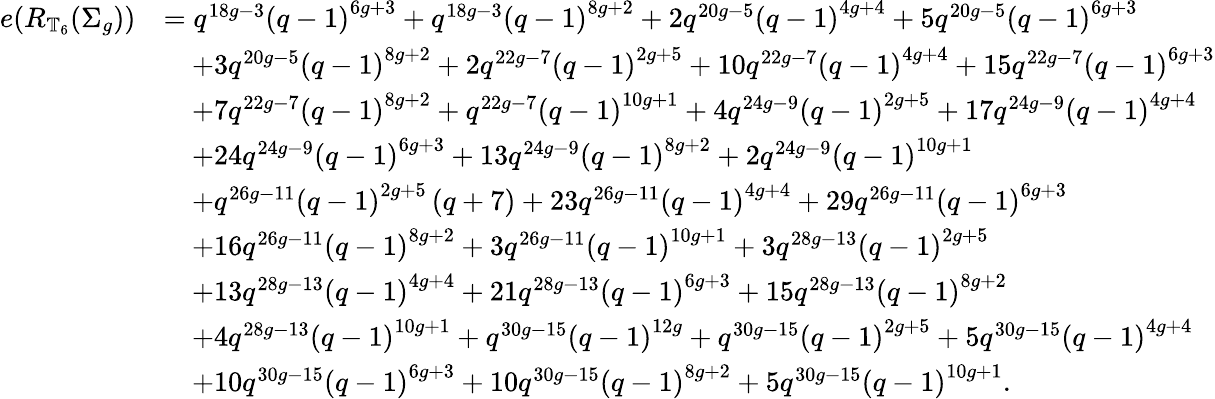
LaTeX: \begin{array}{rl}{e(R_{\mathbb{T}_{6}}(\Sigma_{g}))}&{=q^{18g-3}\left(q-1\right)^{6g+3}+q^{18g-3}\left(q-1\right)^{8g+2}+2q^{20g-5}\left(q-1\right)^{4g+4}+5q^{20g-5}\left(q-1\right)^{6g+3}}\\ &{\quad+3q^{20g-5}\left(q-1\right)^{8g+2}+2q^{22g-7}\left(q-1\right)^{2g+5}+10q^{22g-7}\left(q-1\right)^{4g+4}+15q^{22g-7}\left(q-1\right)^{6g+3}}\\ &{\quad+7q^{22g-7}\left(q-1\right)^{8g+2}+q^{22g-7}\left(q-1\right)^{10g+1}+4q^{24g-9}\left(q-1\right)^{2g+5}+17q^{24g-9}\left(q-1\right)^{4g+4}}\\ &{\quad+24q^{24g-9}\left(q-1\right)^{6g+3}+13q^{24g-9}\left(q-1\right)^{8g+2}+2q^{24g-9}\left(q-1\right)^{10g+1}}\\ &{\quad+q^{26g-11}\left(q-1\right)^{2g+5}\left(q+7\right)+23q^{26g-11}\left(q-1\right)^{4g+4}+29q^{26g-11}\left(q-1\right)^{6g+3}}\\ &{\quad+16q^{26g-11}\left(q-1\right)^{8g+2}+3q^{26g-11}\left(q-1\right)^{10g+1}+3q^{28g-13}\left(q-1\right)^{2g+5}}\\ &{\quad+13q^{28g-13}\left(q-1\right)^{4g+4}+21q^{28g-13}\left(q-1\right)^{6g+3}+15q^{28g-13}\left(q-1\right)^{8g+2}}\\ &{\quad+4q^{28g-13}\left(q-1\right)^{10g+1}+q^{30g-15}\left(q-1\right)^{12g}+q^{30g-15}\left(q-1\right)^{2g+5}+5q^{30g-15}\left(q-1\right)^{4g+4}}\\ &{\quad+10q^{30g-15}\left(q-1\right)^{6g+3}+10q^{30g-15}\left(q-1\right)^{8g+2}+5q^{30g-15}\left(q-1\right)^{10g+1}.}\end{array}